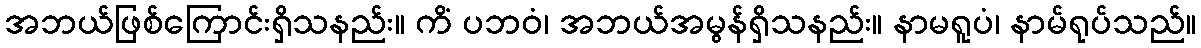
အဘယ်ဖြစ်ကြောင်းရှိသနည်း။ ကိံ ပဘဝံ၊ အဘယ်အမွန်ရှိသနည်း။ နာမရူပံ၊ နာမ်ရုပ်သည်။